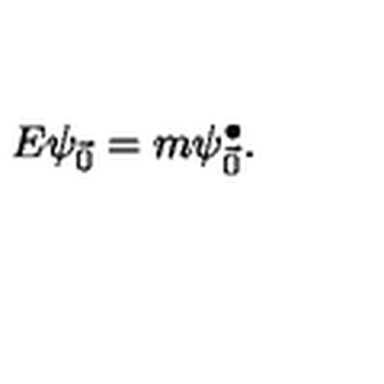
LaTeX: E \psi _ { \vec { 0 } } = m \psi _ { \vec { 0 } } ^ { \bullet } .